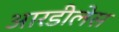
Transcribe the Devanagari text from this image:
आरडीलेस